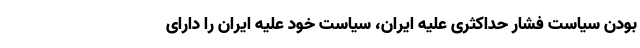
بودن سیاست فشار حداکثری علیه ایران، سیاست خود علیه ایران را دارای